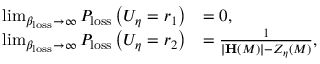
\begin{array} { r l } { \operatorname* { l i m } _ { \beta _ { \mathrm { l o s s } } \rightarrow \infty } P _ { \mathrm { l o s s } } \left( U _ { \eta } = r _ { 1 } \right) } & { = 0 , } \\ { \operatorname* { l i m } _ { \beta _ { \mathrm { l o s s } } \rightarrow \infty } P _ { \mathrm { l o s s } } \left( U _ { \eta } = r _ { 2 } \right) } & { = \frac { 1 } { \vert \mathbf { H } \left( M \right) \vert - Z _ { \eta } \left( M \right) } , } \end{array}